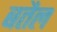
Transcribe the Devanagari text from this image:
बतैल